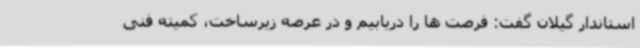
استاندار گیلان گفت: فرصت ها را دریابیم و در عرصه زیرساخت، کمیته فنی